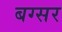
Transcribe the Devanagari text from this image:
बग्सर